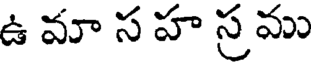
ఉ మా స హ స్ర ము